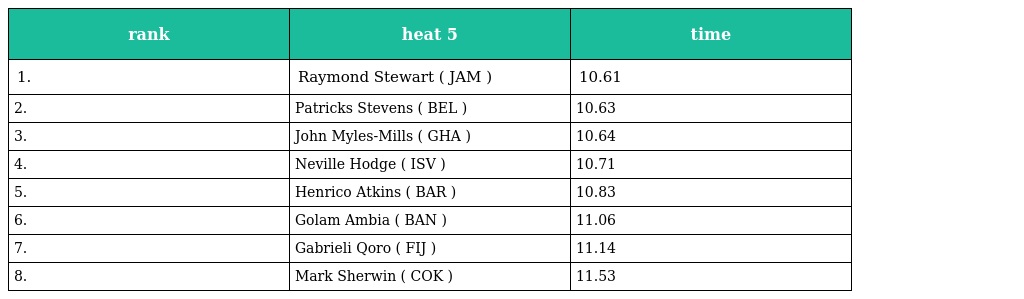
| rank | heat 5 | time |
 | --- | --- | --- |
 | 1. | Raymond Stewart ( JAM ) | 10.61 |
 | 2. | Patricks Stevens ( BEL ) | 10.63 |
 | 3. | John Myles-Mills ( GHA ) | 10.64 |
 | 4. | Neville Hodge ( ISV ) | 10.71 |
 | 5. | Henrico Atkins ( BAR ) | 10.83 |
 | 6. | Golam Ambia ( BAN ) | 11.06 |
 | 7. | Gabrieli Qoro ( FIJ ) | 11.14 |
 | 8. | Mark Sherwin ( COK ) | 11.53 |